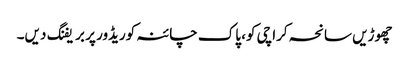
چھوڑیں سانحہ کراچی کو، پاک چائنہ کوریڈور پر بریفنگ دیں۔